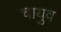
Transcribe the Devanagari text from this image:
चायुव